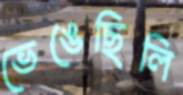
ভেঙেছিলি